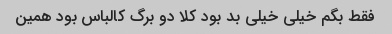
فقط بگم خیلی خیلی بد بود کلا دو برگ کالباس بود همین